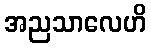
အညသာလေဟိ